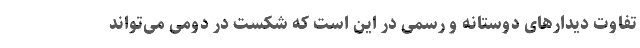
تفاوت دیدارهای دوستانه و رسمی در این است که شکست در دومی می‌تواند